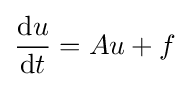
{\frac {\mathrm {d} u}{\mathrm {d} t}}=Au+f